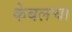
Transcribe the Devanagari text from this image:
केबलचा